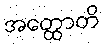
အတ္ထောတိ